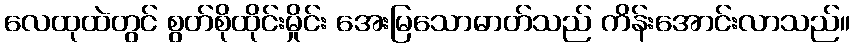
လေထုထဲတွင် စွတ်စိုထိုင်းမှိုင်း အေးမြသောဓာတ်သည် ကိန်းအောင်းလာသည်။